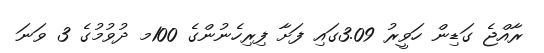
ރާއްޖެ ގަޑިން ހަވީރު 3.09ގައި ފަށާ ފިރިހެނުންގެ 100މ ދުވުމުގެ 3 ވަނަ